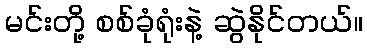
မင်းတို့ စစ်ခုံရုံးနဲ့ ဆွဲနိုင်တယ်။